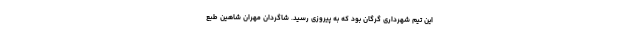
این تیم شهرداری گرگان بود که به پیروزی رسید. شاگردان مهران شاهین طبع